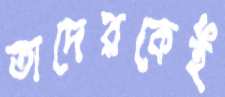
তাদেরকেই